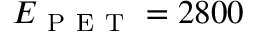
E _ { \mathrm { ~ P ~ E ~ T ~ } } = 2 8 0 0